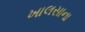
ખાલસાના